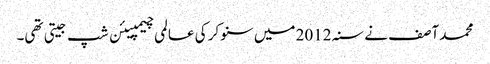
محمد آصف نے سنہ 2012 میں سنوکر کی عالمی چیمپیئن شپ جیتی تھی۔